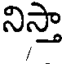
నిస్తా